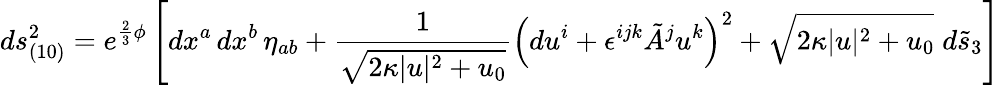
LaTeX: ds_{(10)}^{2}=e^{\frac 23\phi}\left[dx^{a}\, dx^{b}\, \eta_{ab}+{\frac{1}{\sqrt{2\kappa|u|^{2}+u_{0}}}}\left(du^{i}+\epsilon^{ijk}\tilde{A}^{j}u^{k}\right)^{2}+\sqrt{2\kappa|u|^{2}+u_{0}}\; d\tilde{s}_{3}\right]